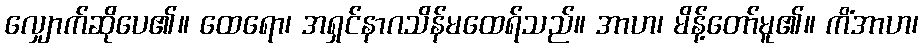
လျှောက်ဆိုပေ၏။ ထေရော၊ အရှင်နာဂသိန်မထေရ်သည်။ အာဟ၊ မိန့်တော်မူ၏။ ကိံအာဟ၊